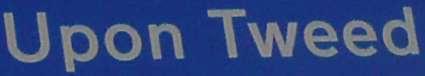
Upon Tweed